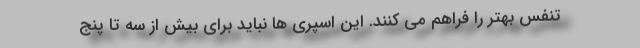
تنفس بهتر را فراهم می کنند. این اسپری ها نباید برای بیش از سه تا پنج